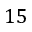
1 5